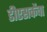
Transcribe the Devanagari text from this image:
डीएसकेंचा